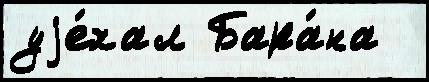
уjе́хал Бара́на